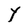
Character: Y